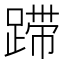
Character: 𰸚